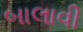
બાલાવી